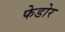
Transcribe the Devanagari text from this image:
फेडोर